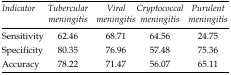
<table><thead><tr><td><b><i>Indicator</i></b></td><td><b><i>Tubercular meningitis</i></b></td><td><b><i>Viral meningitis</i></b></td><td><b><i>Cryptococcal meningitis</i></b></td><td><b><i>Purulent meningitis</i></b></td></tr></thead><tbody><tr><td>Sensitivity</td><td>62.46</td><td>68.71</td><td>64.56</td><td>24.75</td></tr><tr><td>Specificity</td><td>80.35</td><td>76.96</td><td>57.48</td><td>75.36</td></tr><tr><td>Accuracy</td><td>78.22</td><td>71.47</td><td>56.07</td><td>65.11</td></tr></tbody></table>